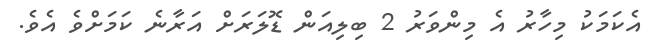
އެކަމަކު މިހާރު އެ މިންވަރު 2 ބިލިއަން ޑޮލަރަށް އަރާނެ ކަމަށްވެ އެވެ.